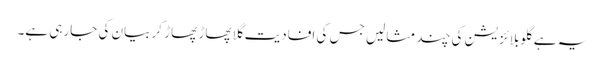
یہ ہے گلوبلائزیشن کی چند مثالیں جس کی افادیت گلا پھاڑ پھاڑ کر بیان کی جارہی ہے۔